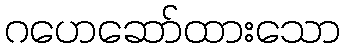
ဂဟေဆော်ထားသော